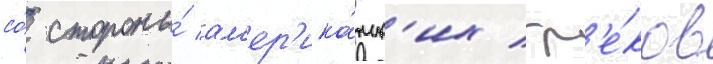
со́ стороны́ ам'ер'ика́нск'их гр'е́ков